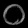
Digit: ၀